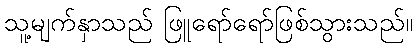
သူ့မျက်နှာသည် ဖြူရော်ရော်ဖြစ်သွားသည်။